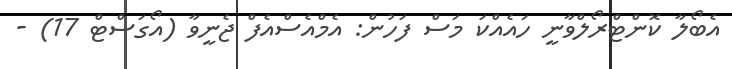
އެބޯލާ ކޮންޓްރޯލްވާނީ ހައެއްކަ މަސް ފަހުން: އެމްއެސްއެފް ޖެނީވާ (އޯގަސްޓް 17) -